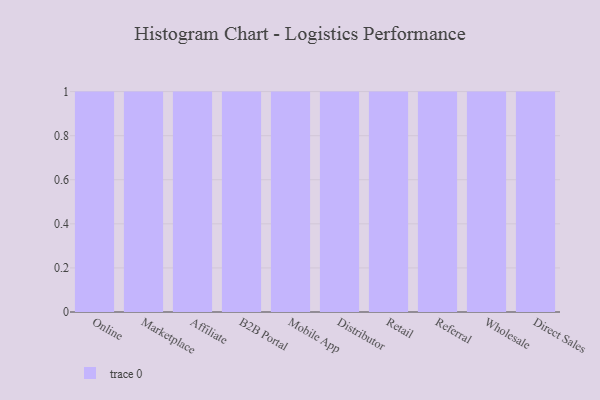
{"axis": {"x": "Channel", "y": "LTV (USD)"}, "legend": [""], "data": [{"x": "Online", "y": 6, "type": ""}, {"x": "Marketplace", "y": 99, "type": ""}, {"x": "Affiliate", "y": 70, "type": ""}, {"x": "B2B Portal", "y": 96, "type": ""}, {"x": "Mobile App", "y": 26, "type": ""}, {"x": "Distributor", "y": 22, "type": ""}, {"x": "Retail", "y": 62, "type": ""}, {"x": "Referral", "y": 12, "type": ""}, {"x": "Wholesale", "y": 88, "type": ""}, {"x": "Direct Sales", "y": 18, "type": ""}]}